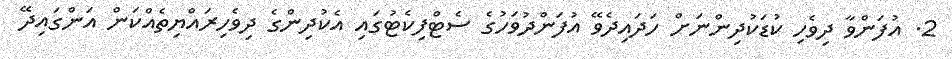
2. އުފަންވާ ދިވެހި ކުޑަކުދިންނަށް ހަދައިދެވޭ އުފަންދުވަހުގެ ސެޓްފިކެޓުގައި އެކުދިންގެ ދިވެހިރައްޔިތެއްކަން އަންގައިދޭ